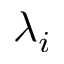
\lambda _ { i }